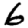
Digit: 6